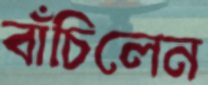
বাঁচিলেন